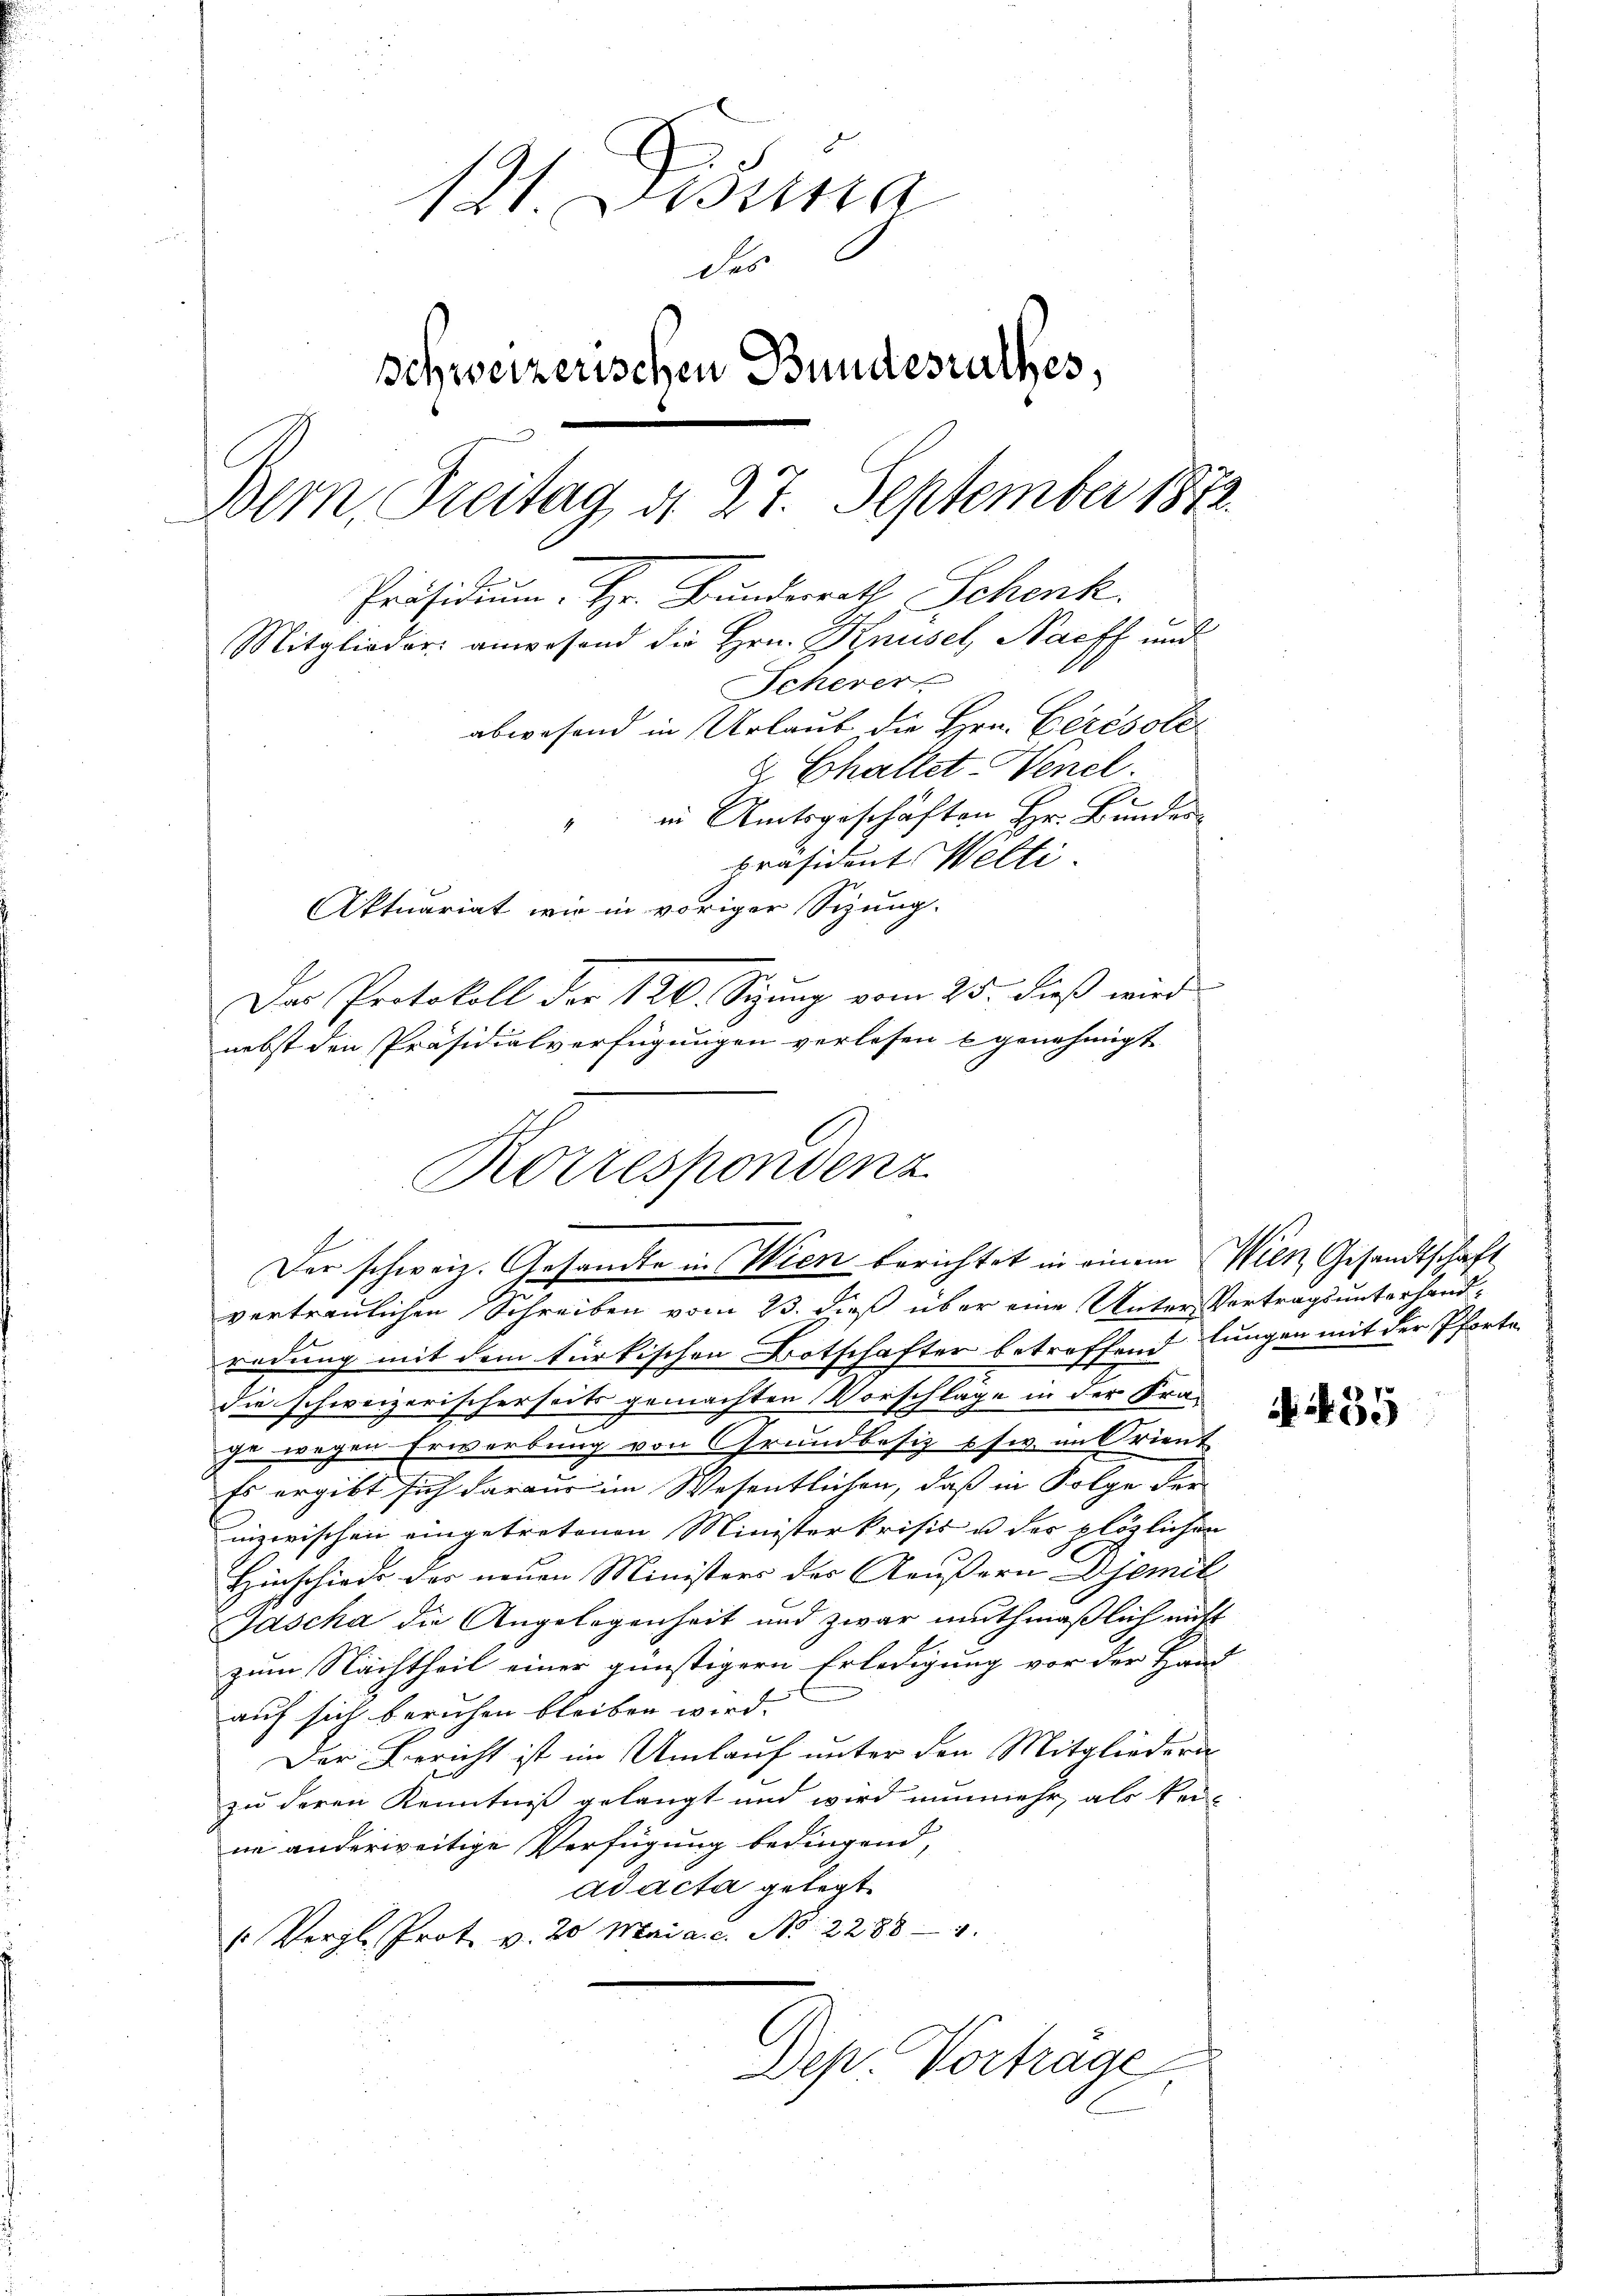
121. Disnna
des
schweizerischen Bundesrathes,
Bern, Freitag d. 27. September 1872.
Präsidium. Hr. Bundesrath Schenk
Mitglieder anwesend die Hrn. Knüsel, Nachs und
Schever
abwesend in Urlaub die Hrn. Cérésole
& Challet Venel.
E
in Amtsgeschäften Hr. Bundes
präsident Welti.
Aktuariat wir in voriger Sizung.
Der Protokoll der 120. Sizung vom 25. dieß wird
nebst den Präsidialverfügungen verlesen u genehmigt

Korrespondenz
Der schweiz. Gesandte in Wien berichtet in einem Wilt Gesandtschaft

vertraulichen Schreiben vom 23. dieß über eine Unter Vertrags unterhandredung mit dem türkischen Botschafter betreffend lungen mit der Pforte
die schweizerischerseits gemachten Vorschläge in der Fra-
ge wegen Erwerbung von Grundbesiz usw. im Orient
Es ergibt sich daraus im Wesentlichen, daß in Folge der
inzwischen eingetretenen Ministerkrisis u der plözlichen
Hinschiede des neuen Ministers des Aeußern Djemil
Jascha die Angelegenheit und zwar muthmaßlich nicht
zum Nachtheil einer günstigern Erledigung vor der Hand
auf sich beruhen bleiben wird.
Der Bericht ist im Umlauf unter den Mitgliedern
zu deren Kenntniß gelangt und wird nunmehr, als kei-
ne anderweitige Verfügung bedingend,
ad acta gelegt.
 Vergl. Prot. v. 20 Mai a.c. No. 2288—4
Des Vortrage

435